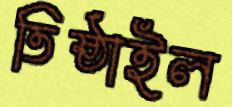
তিষ্ঠাইল